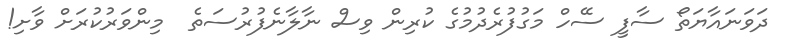
ދަވަނައާޔަތޯ ސާފީ ސޭހް މަގުފުރެދުމުގެ ކުރިން ވިސް ނާލާނެފުރުސަތެ  މިންވަރުކުރަށް ވާށި!